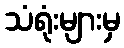
သံရုံးများမှ